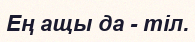
Ең ащы да - тіл.